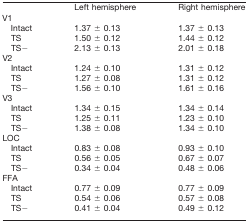
|  | Left hemisphere | Right hemisphere |
 | --- | --- | --- |
 | V1 |  |  |
 | Intact | 1.37 ± 0.13 | 1.37 ± 0.13 |
 | TS | 1.50 ± 0.12 | 1.44 ± 0.12 |
 | TS− | 2.13 ± 0.13 | 2.01 ± 0.18 |
 | V2 |  |  |
 | Intact | 1.24 ± 0.10 | 1.31 ± 0.12 |
 | TS | 1.27 ± 0.08 | 1.31 ± 0.12 |
 | TS− | 1.56 ± 0.10 | 1.61 ± 0.16 |
 | V3 |  |  |
 | Intact | 1.34 ± 0.15 | 1.34 ± 0.14 |
 | TS | 1.25 ± 0.11 | 1.23 ± 0.10 |
 | TS− | 1.38 ± 0.08 | 1.34 ± 0.10 |
 | LOC |  |  |
 | Intact | 0.83 ± 0.08 | 0.93 ± 0.10 |
 | TS | 0.56 ± 0.05 | 0.67 ± 0.07 |
 | TS− | 0.34 ± 0.04 | 0.48 ± 0.06 |
 | FFA |  |  |
 | Intact | 0.77 ± 0.09 | 0.77 ± 0.09 |
 | TS | 0.54 ± 0.06 | 0.57 ± 0.08 |
 | TS− | 0.41 ± 0.04 | 0.49 ± 0.12 |